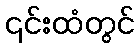
၎င်းထံတွင်